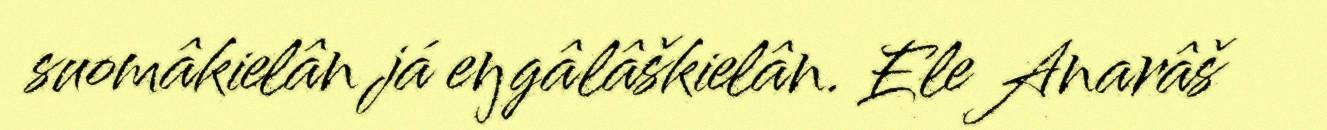
suomâkielân já eŋgâlâškielân. Ele Anarâš